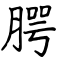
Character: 腭